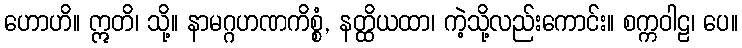
ဟောဟိ။ ဣတိ၊ သို့။ နာမဂ္ဂဟဏကိစ္စံ, နတ္ထိယထာ၊ ကဲ့သို့လည်းကောင်း။ စက္ကဝါဠ၊ ပေ။